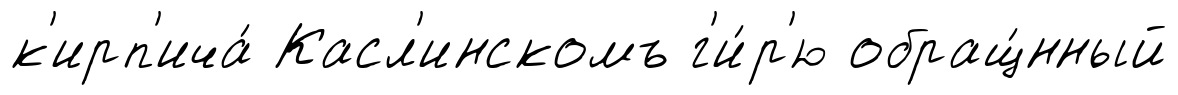
к'ирп'ича́ Касл'инскомъ г'и́р'ю обращ́нный